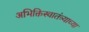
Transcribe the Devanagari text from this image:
अभिक्तिस्वातंत्र्याच्या